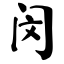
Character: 闵